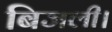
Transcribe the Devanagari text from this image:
बिजली।